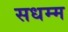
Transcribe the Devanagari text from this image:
सधम्म